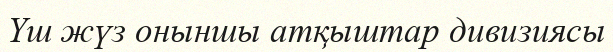
Үш жүз оныншы атқыштар дивизиясы